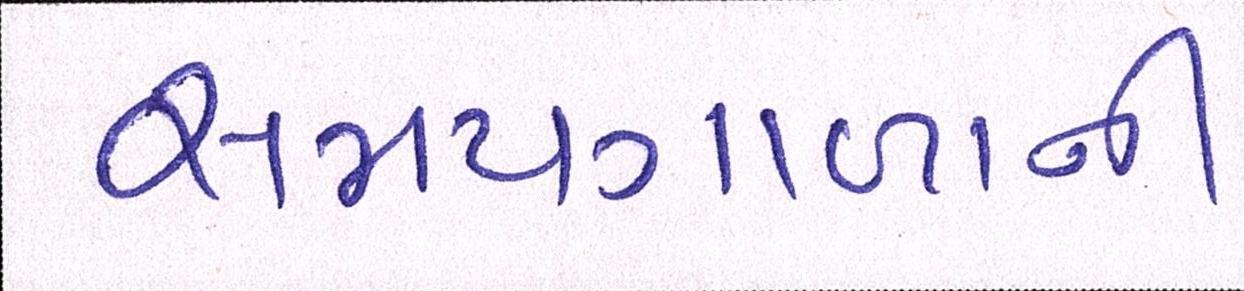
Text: સમયગાળાની